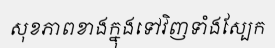
សុខភាពខាងក្នុងទៅវិញទាំងស្បែក